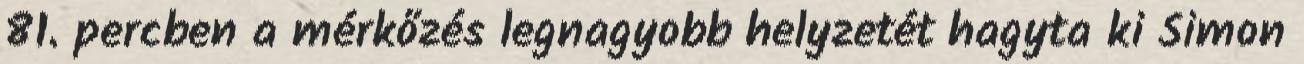
81. percben a mérkőzés legnagyobb helyzetét hagyta ki Simon